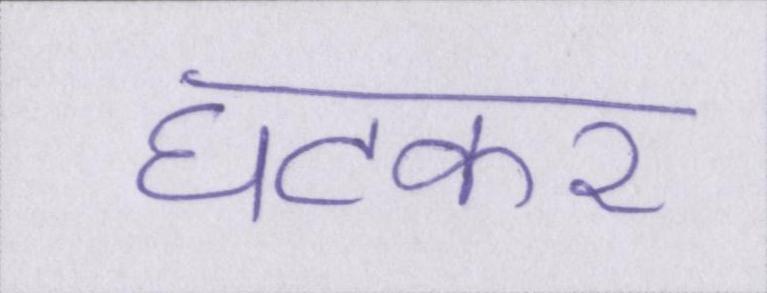
घटकर